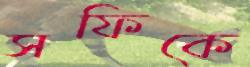
সফিকে